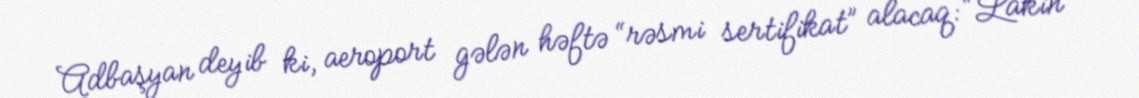
Adbaşyan deyib ki, aeroport gələn həftə “rəsmi sertifikat” alacaq: “Lakin